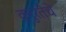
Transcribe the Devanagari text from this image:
क्रुरतेचे